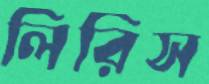
লিরিস